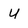
Character: u